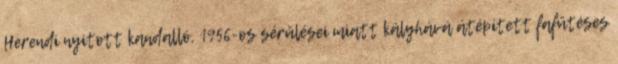
Herendi nyitott kandalló, 1956-os sérülései miatt kályhává átépített fafűtéses